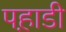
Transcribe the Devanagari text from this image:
पह़ाडी